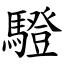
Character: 䮴